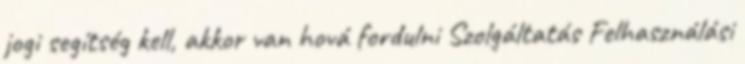
jogi segítség kell, akkor van hová fordulni Szolgáltatás Felhasználási